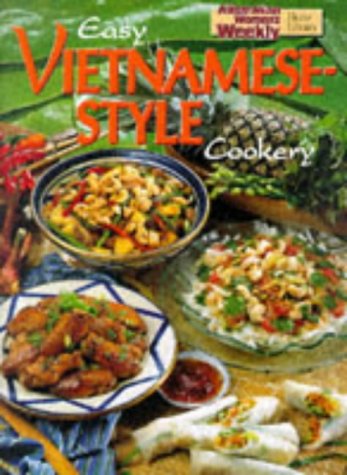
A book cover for Easy Vietnamese Style Cookery: Australian Women's Weekly Home Library (With measurement conversions for British and North American readers); Cookbooks, Food & Wine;